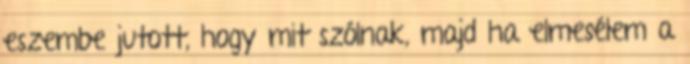
eszembe jutott, hogy mit szólnak, majd ha elmesélem a